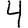
Digit: 4